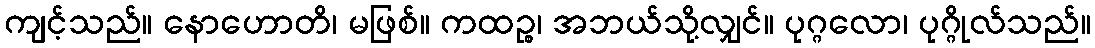
ကျင့်သည်။ နောဟောတိ၊ မဖြစ်။ ကထဉ္စ၊ အဘယ်သို့လျှင်။ ပုဂ္ဂလော၊ ပုဂ္ဂိုလ်သည်။